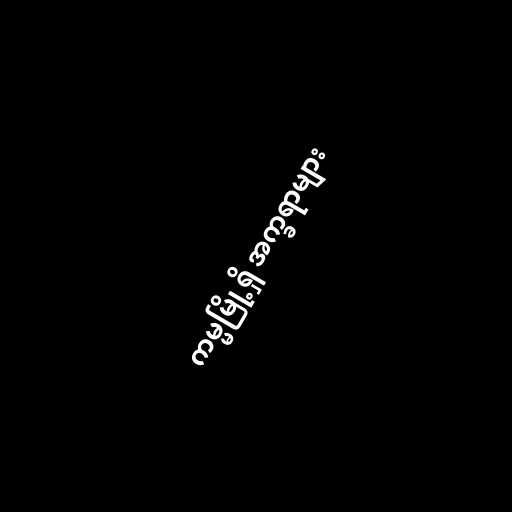
ကမ္မမြို့ရှိ အက္ခရာများ